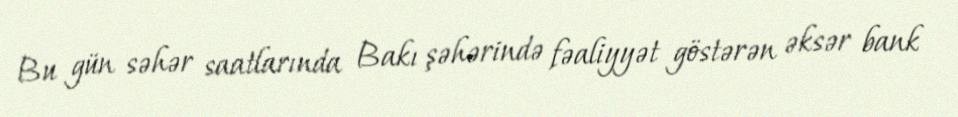
Bu gün səhər saatlarında Bakı şəhərində fəaliyyət göstərən əksər bank